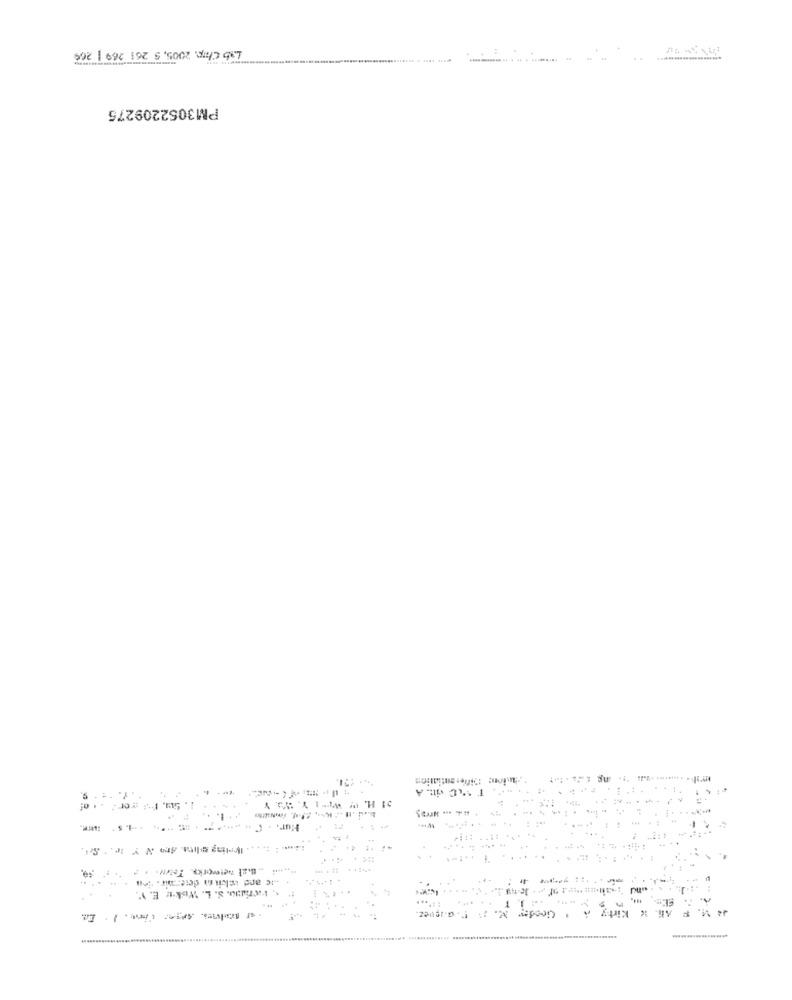
Lab Chp. 2005, 5 261 269 | 266
..
PM3052209275
tion: Differentiation
T MC vin. A
--
Hur. . . . ...
Los -But weworky Tewww. +=
. Parao. S. L. WokT E. V.
. ...
Ja M. F Ali K Kirty A > Geoder M. :